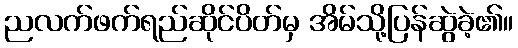
ညလက်ဖက်ရည်ဆိုင်ပိတ်မှ အိမ်သို့ပြန်ဆွဲခဲ့၏။